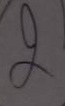
2